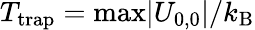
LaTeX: T_{\mathrm{trap}}=\mathrm{max}|U_{0,0}|/k_{\mathrm{B}}